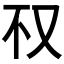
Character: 𰆱